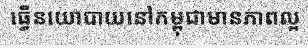
ធ្វើនយោបាយនៅកម្ពុជាមានភាពល្អ